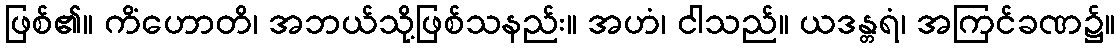
ဖြစ်၏။ ကိံဟောတိ၊ အဘယ်သို့ဖြစ်သနည်း။ အဟံ၊ ငါသည်။ ယဒန္တရံ၊ အကြင်ခဏ၌။